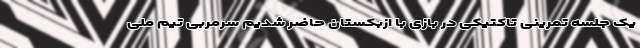
یک جلسه تمرینی تاکتیکی در بازی با ازبکستان حاضر شدیم سرمربی تیم ملی